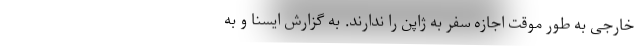
خارجی به طور موقت اجازه سفر به ژاپن را ندارند. به گزارش ایسنا و به